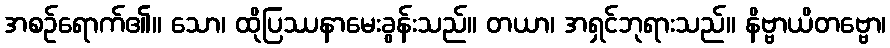
အစဉ်ရောက်၏။ သော၊ ထိုပြဿနာမေးခွန်းသည်။ တယာ၊ အရှင်ဘုရားသည်။ နိဗ္ဗာယိတဗ္ဗော၊